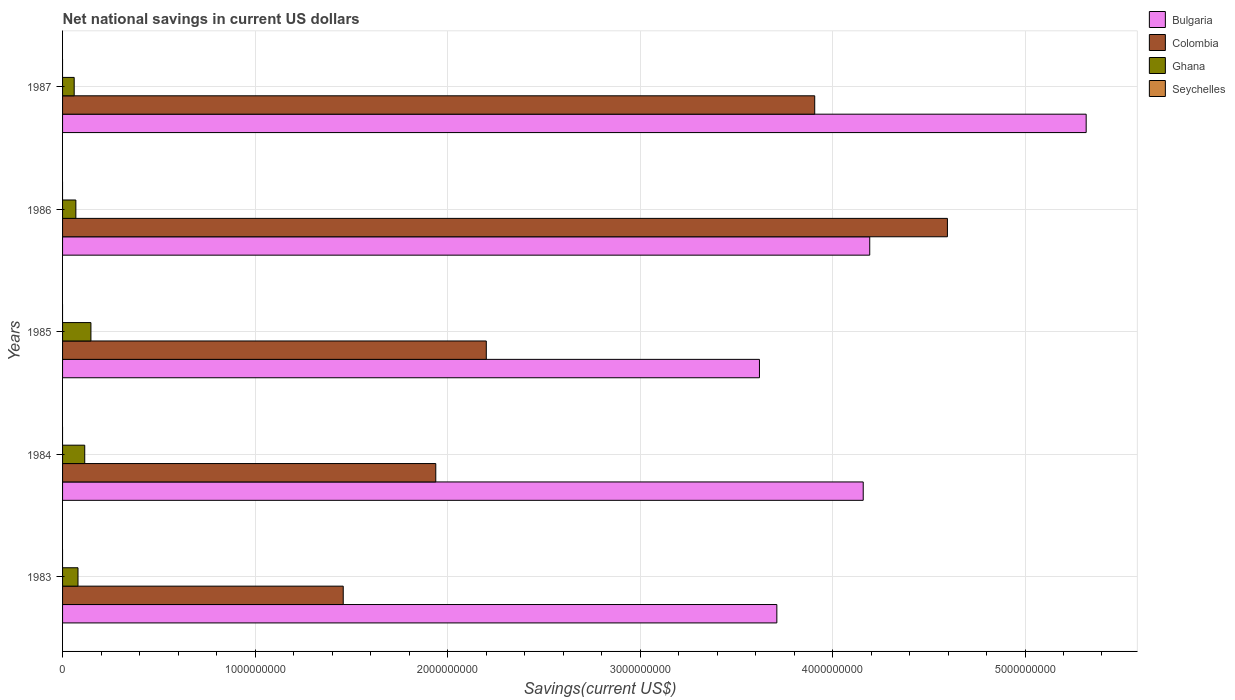
| Years | Bulgaria | Colombia | Ghana | Seychelles |
 | --- | --- | --- | --- | --- |
 | 1983 | 3.71e+09 | 1.46e+09 | 8.02e+07 | -3.85e+07 |
 | 1984 | 4.16e+09 | 1.94e+09 | 1.15e+08 | -3.14e+07 |
 | 1985 | 3.62e+09 | 2.2e+09 | 1.47e+08 | -3.54e+07 |
 | 1986 | 4.19e+09 | 4.6e+09 | 6.91e+07 | -5.04e+07 |
 | 1987 | 5.32e+09 | 3.91e+09 | 6.04e+07 | -5.07e+07 |